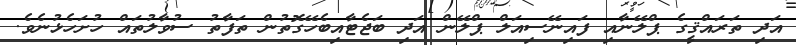
އަދި ތަރައްޤީގެ ޕްލޭނާއި ފައިނޭސިއަލް ޕްލޭން އަދި ބަޖެޓާއިބެހޭގޮތުން ތަފާތު ސުވާލުތައް ހުށަހެޅުނެވެ.